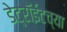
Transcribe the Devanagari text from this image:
डेट्रॉईटच्या